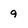
Character: 9